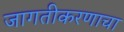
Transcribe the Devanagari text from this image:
जागतीकरणाचा